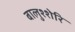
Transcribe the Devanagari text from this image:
बालुश्शेरि